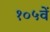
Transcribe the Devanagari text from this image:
१०५वें